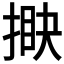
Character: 𢯵